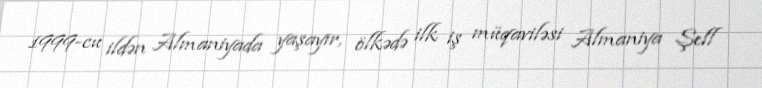
1999-cu ildən Almaniyada yaşayır, ölkədə ilk iş müqaviləsi Almaniya Şell